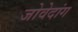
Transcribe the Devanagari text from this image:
जोवेदांग